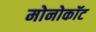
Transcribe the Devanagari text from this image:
मोनोकॉट